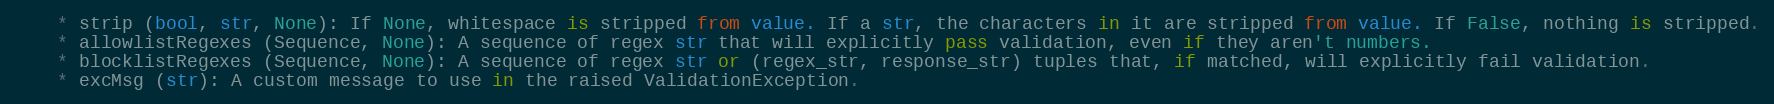
Language: Python
    * strip (bool, str, None): If None, whitespace is stripped from value. If a str, the characters in it are stripped from value. If False, nothing is stripped.
    * allowlistRegexes (Sequence, None): A sequence of regex str that will explicitly pass validation, even if they aren't numbers.
    * blocklistRegexes (Sequence, None): A sequence of regex str or (regex_str, response_str) tuples that, if matched, will explicitly fail validation.
    * excMsg (str): A custom message to use in the raised ValidationException.